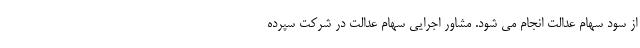
از سود سهام عدالت انجام می شود. مشاور اجرایی سهام عدالت در شرکت سپرده